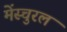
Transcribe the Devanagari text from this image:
मेंस्चुरल